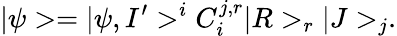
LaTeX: |\psi>=|\psi,I^{\prime}>^{i}C_{i}^{j,r}|R>_{r}|J>_{j}.